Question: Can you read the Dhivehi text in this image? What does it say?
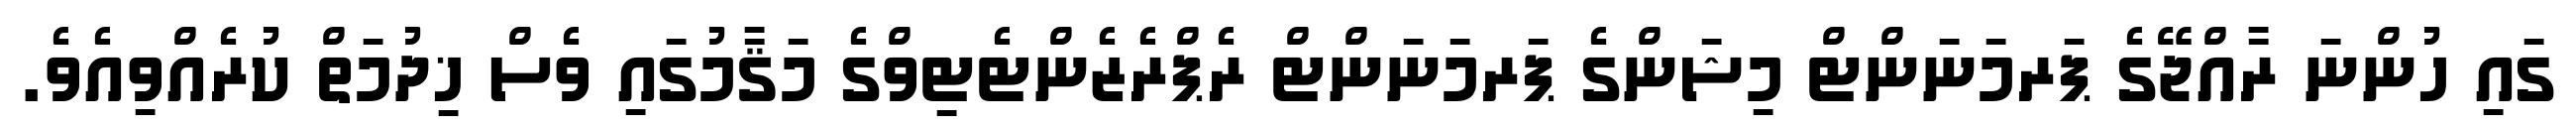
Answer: ގައި ހުންނަ ރާއްޖޭގެ ޕަރމަނަންޓް މިޝަންގެ ޕަރމަނަންޓް ރެޕްރެޒެންޓެޓިވްގެ މަޤާމުގައި ވެސް ޚިދުމަތް ކުރެއްވިއެވެ.